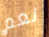
نعم